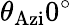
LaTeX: \theta_{\mathrm{Azi}}0^{\circ}